Document type: Dowry acquittance
Year: 1427
Scribe: Pere Tarafa
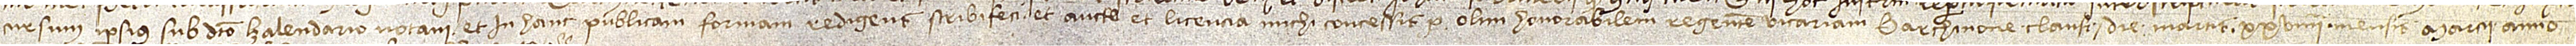
cursum ipsius sub dicto calendario notavi et in hanc publicam formam redigens scribi feci et auctoritate et licencia michi concessis per olim honorabilem regentem vicariam Barchinone clausi die martis XXVIIIIª mensis marcii, anno